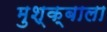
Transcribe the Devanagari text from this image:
मुश्क्बाला